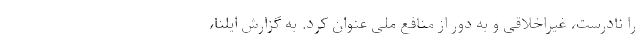
را نادرست، غیراخلاقی و به دور از منافع ملی عنوان کرد. به گزارش ایلنا،